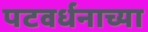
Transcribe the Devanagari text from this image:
पटवर्धनाच्या